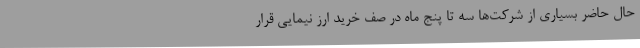
حال حاضر بسیاری از شرکت‌ها سه تا پنج ماه در صف خرید ارز نیمایی قرار